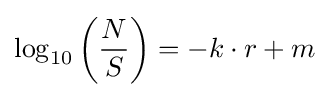
\log _{10}\left({\frac {N}{S}}\right)=-k\cdot r+m